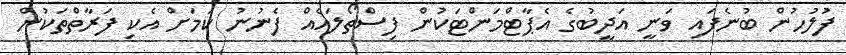
ފުލުހުން ބުނެފައި ވަނީ އަދީބުގެ އެޕާޓްމަންޓަކުން ފިސްތޯލައެއް ފެނުނު ކަމަށް އެކި ފަރާތްތަކުން